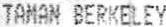
TAMAN BERKELEY